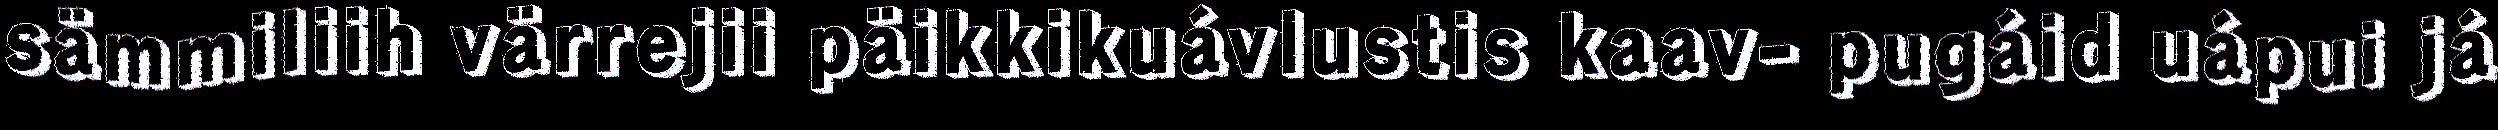
sämmiliih värrejii päikkikuávlustis kaav- pugáid uápui já